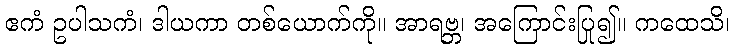
ဧကံ ဥပါသကံ၊ ဒါယကာ တစ်ယောက်ကို။ အာရဗ္ဘ၊ အကြောင်းပြု၍။ ကထေသိ၊